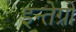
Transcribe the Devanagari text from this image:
इन्तेग्रों